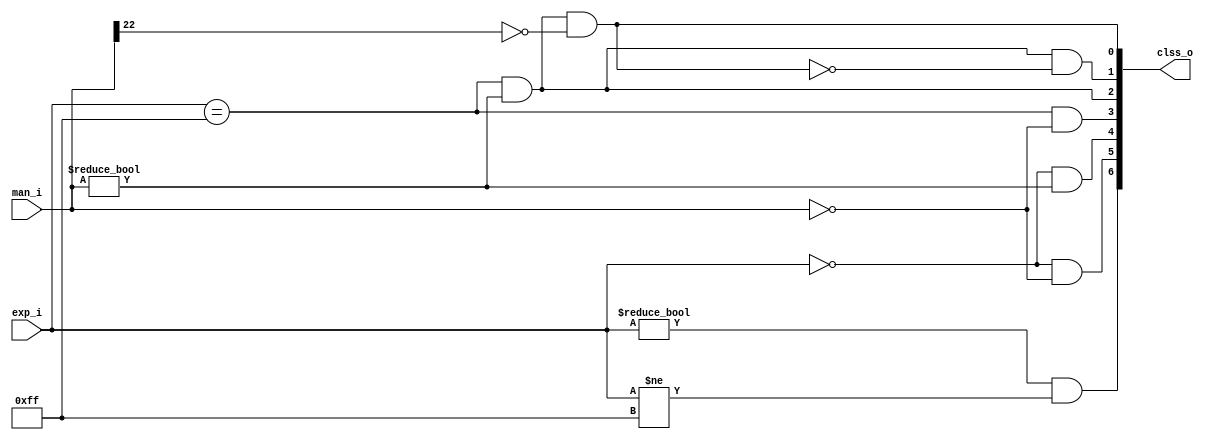
module RV_fp_class#(

    parameter MAN_BITS = 23,  //Number of mantissa bits
    parameter EXP_BITS = 8    //Number of exponent bits

)(

    input  wire [EXP_BITS-1 : 0] exp_i,     //Exponent Input
    input  wire [MAN_BITS-1 : 0] man_i,     //mantissa bits
    output wire [6 : 0] clss_o              //Floating-point class bits
    
);

    wire clss_o_is_normal ;          // Wire: Flag for normal number class
    wire clss_o_is_zero;             // Wire: Flag for zero class
    wire clss_o_is_subnormal;        // Wire: Flag for subnormal number class
    wire clss_o_is_inf ;             // Wire: Flag for infinite class
    wire clss_o_is_nan ;             // Wire: Flag for NaN (Not-a-Number) class
    wire clss_o_is_quiet;            // Wire: Flag for quiet NaN class
    wire clss_o_is_signaling;        // Wire: Flag for signaling NaN class
    
    wire is_normal    = (exp_i != {EXP_BITS{1'b0}}) && (exp_i != {EXP_BITS{1'b1}});             // Check if the number is normal, checks if the exponent is neither all zeros nor all ones, which indicates a normal number.
    wire is_zero      = (exp_i == {EXP_BITS{1'b0}}) && (man_i == {MAN_BITS{1'b0}});             // Check if the number is zero, checks if both the exponent and mantissa are equal to zero, indicating a zero value.
    wire is_subnormal = (exp_i == {EXP_BITS{1'b0}}) && (man_i != {MAN_BITS{1'b0}});             // Check if the number is subnormal, checks if the exponent is zero and the mantissa is not zero, which indicates a subnormal number.
    wire is_inf       = (exp_i == {EXP_BITS{1'b1}}) && (man_i == {MAN_BITS{1'b0}});             // Check if the number is infinite,  checks if the exponent is all ones and the mantissa is zero, indicating an infinite value.
    wire is_nan       = (exp_i == {EXP_BITS{1'b1}}) && (man_i != {MAN_BITS{1'b0}});             // Check if the number is NaN (Not-a-Number), checks if the exponent is all ones and the mantissa is not zero, indicating a NaN value.
    wire is_signaling = is_nan && ~man_i[MAN_BITS-1];               // Check if the NaN is signaling, To identify a signaling NaN, the expression first checks whether the input number is classified as NaN (is_nan), and then checks if the most significant bit (man_i[MAN_BITS-1]) of the mantissa is not set.
    wire is_quiet     = is_nan && ~is_signaling;                    // Check if the NaN is quiet, to identify a quiet NaN, the expression first checks whether the input number is classified as NaN (is_nan), and then checks if the negation of the is_signaling flag is true.

    assign clss_o_is_normal    = is_normal;                         // Assign normal flag
    assign clss_o_is_zero      = is_zero;                           // Assign zero flag
    assign clss_o_is_subnormal = is_subnormal;                      // Assign subnormal flag
    assign clss_o_is_inf       = is_inf;                            // Assign infinite flag
    assign clss_o_is_nan       = is_nan;                            // Assign NaN flag
    assign clss_o_is_quiet     = is_quiet;                          // Assign quiet NaN flag
    assign clss_o_is_signaling = is_signaling;                      // Assign signaling NaN flag

    assign clss_o = {clss_o_is_normal,clss_o_is_zero, clss_o_is_subnormal,clss_o_is_inf,clss_o_is_nan,clss_o_is_quiet,clss_o_is_signaling};   // Concatenate all class flags to form the output

endmodule